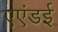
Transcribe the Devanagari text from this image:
एएंडई